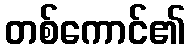
တစ်ကောင်၏